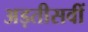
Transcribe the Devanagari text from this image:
अड़तीसवीं